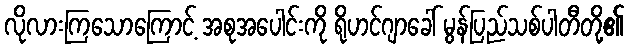
လိုလားကြသောကြောင့် အစုအပေါင်းကို ရိုဟင်ဂျာခေါ် မွန်ပြည်သစ်ပါတီတို့၏